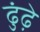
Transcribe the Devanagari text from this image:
ढुंढ़े